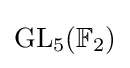
\mathrm {GL} _{5}(\mathbb {F} _{2})